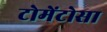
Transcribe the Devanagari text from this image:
टोमेंटोसा